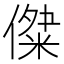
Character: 𠎖